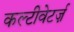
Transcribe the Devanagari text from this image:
कल्टीवेटर्ज़